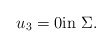
\begin{align*}u_3=0 \mbox{in} \ \Sigma.\end{align*}